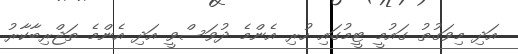
އަދި މިވަގުތު ގައުމީ ޓީމުގައި ހުރި އެންމެ ދުވަސްވީ އަދި އެންމެ ތަޖްރިބާކާރު